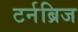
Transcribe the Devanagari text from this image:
टर्नब्रिज